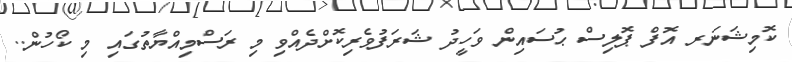
ކޮމިޝަނަރ އޮފް ޕޮލިސް ޙުސައިން ވަހީދު ޝަރަފުވެރިކޮށްދެއްވި މި ރަސްމިއްޔާތުގައި މި ކޯހުން..